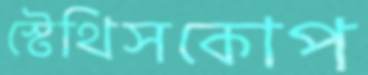
স্টেথিসকোপ